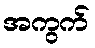
အကွက်